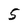
Character: 5